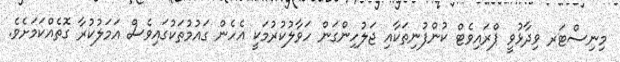
މިނިސްޓަރ ވިދާޅުވީ ޕްރައިވެޓް ކުންފުނިތަކާއި ޖަލުހިންގަން ހަވާލުކުރުމަކީ އެހެން ގައުމުތަކުގައިވެސް އަމަލުކުރާ ގޮތެއްކަމަށެވެ.